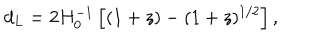
d _ { L } = 2 H _ { 0 } ^ { - 1 } \left[ ( 1 + z ) - ( 1 + z ) ^ { 1 / 2 } \right] ,